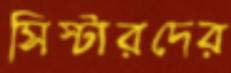
সিস্টারদের